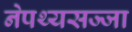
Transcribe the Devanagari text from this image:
नेपथ्यसज्जा